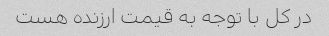
در کل با توجه به قیمت ارزنده هست